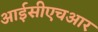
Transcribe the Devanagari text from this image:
आईसीएचआर